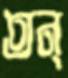
তন্